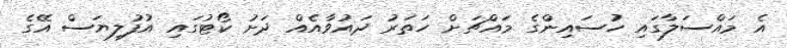
އެ މައްސަލާގައި ހުސައިންގެ މައްޗަށް ހަތަރު ދައުވާއެއް ދަށު ކޯޓުގައި އުފުލިޔަސް އޭގެ